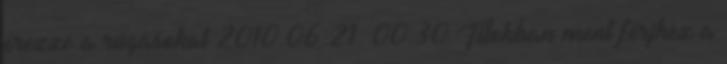
érezze a rúgásokat 2010.06.21. 00:30 Titokban ment férjhez a